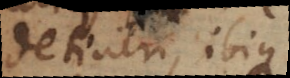
detineri, ibique